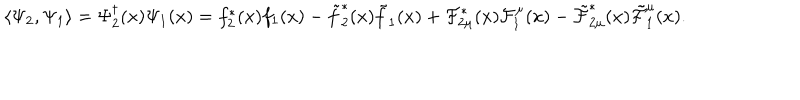
LaTeX: \langle \Psi _ { 2 } , \Psi _ { 1 } \rangle = \Psi _ { 2 } ^ { \dagger } ( x ) \Psi _ { 1 } ( x ) = f _ { 2 } ^ { * } ( x ) f _ { 1 } ( x ) - \tilde { f } _ { 2 } ^ { * } ( x ) \tilde { f } _ { 1 } ( x ) + { \cal F } _ { 2 \mu } ^ { * } ( x ) { \cal F } _ { 1 } ^ { \mu } ( x ) - \tilde { \cal F } _ { 2 \mu } ^ { * } ( x ) \tilde { \cal F } _ { 1 } ^ { \mu } ( x ) .